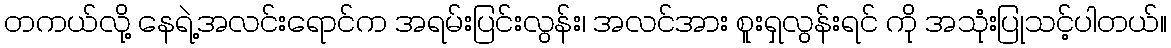
တကယ်လို့ နေရဲ့အလင်းရောင်က အရမ်းပြင်းလွန်း၊ အလင်အား စူးရှလွန်းရင် ကို အသုံးပြုသင့်ပါတယ်။